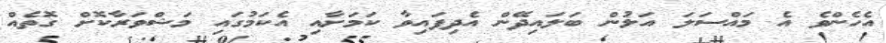
އެހެންވެ އެ މައްސަލަ އަލުން ބަލައިދޭން އެދިފައިވާ ކަމަށާއި އެކަމުގައި މަޝްވަރާކޮށް ގޮތެއް